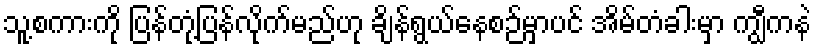
သူ့စကားကို ပြန်တုံ့ပြန်လိုက်မည်ဟု ချိန်ရွယ်နေစဉ်မှာပင် အိမ်တံခါးမှာ ကျွီကနဲ